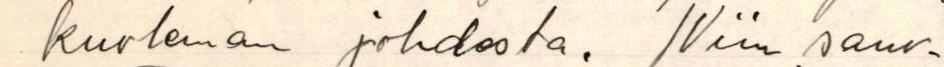
kuoleman johdosta. Niin sano-